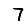
Digit: 7